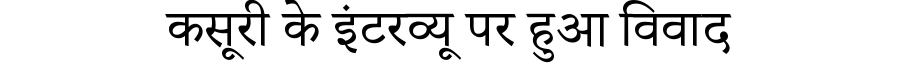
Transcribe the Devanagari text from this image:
कसूरी के इंटरव्यू पर हुआ विवाद